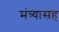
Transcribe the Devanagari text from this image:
मंत्र्यासह